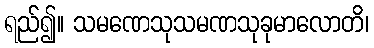
ရည်၍။ သမဏေသုသမဏသုခုမာလောတိ၊